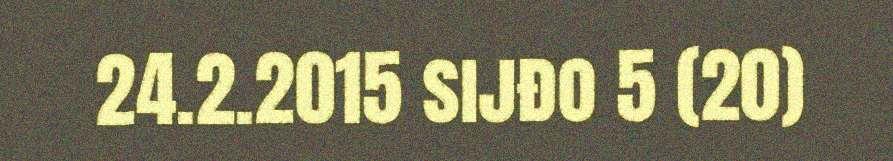
24.2.2015 sijđo 5 (20)